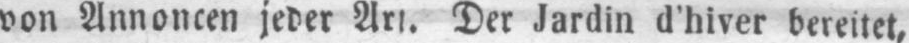
Der Jardin d’hiver bereitet,